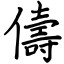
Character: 儔